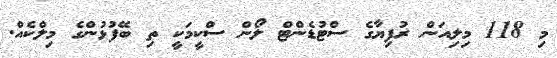
މި 118 މިލިއަން ރުފިޔާގެ ސްޓުޑެންޓް ލޯން ސްކީމަކީ ތި ބޭފުޅުންގެ މިލްކެއް.